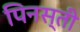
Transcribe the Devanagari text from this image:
पिनस्ती